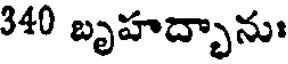
340 బృహద్భానుః